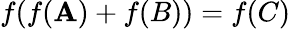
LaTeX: f(f(\mathbf{A})+f(B))=f(C)